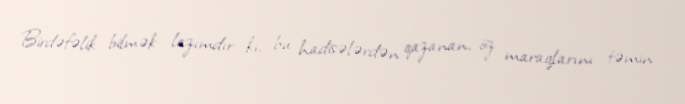
Birdəfəlik bilmək lazımdır ki, bu hadisələrdən qazanan, öz maraqlarını təmin